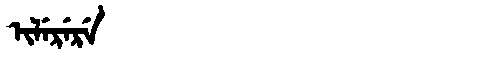
Manchu: ᡳᠯᡝᡵᡝᡵᡝ
Romanization: ILERERE